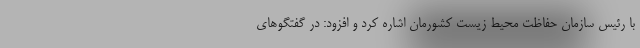
با رئیس سازمان حفاظت محیط زیست کشورمان اشاره کرد و افزود: در گفتگوهای